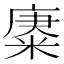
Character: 𢊪